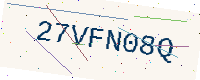
Text: 27VFN08Q